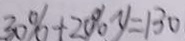
3 0 \% + 2 0 \% y = 1 3 0